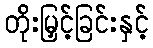
တိုးမြှင့်ခြင်းနှင့်